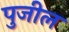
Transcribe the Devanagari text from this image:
पुजील